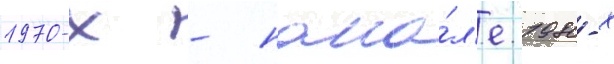
1970-х - нача́л'е 1980-х